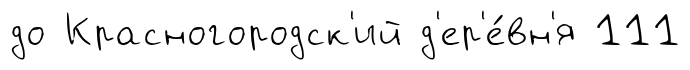
до Красногородск'ий д'ер'е́вн'я 111